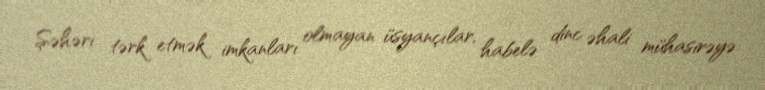
Şəhəri tərk etmək imkanları olmayan üsyançılar, habelə dinc əhali mühasirəyə